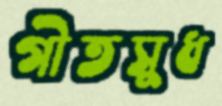
গীতসুধ